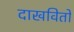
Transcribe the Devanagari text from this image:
दाखवितों